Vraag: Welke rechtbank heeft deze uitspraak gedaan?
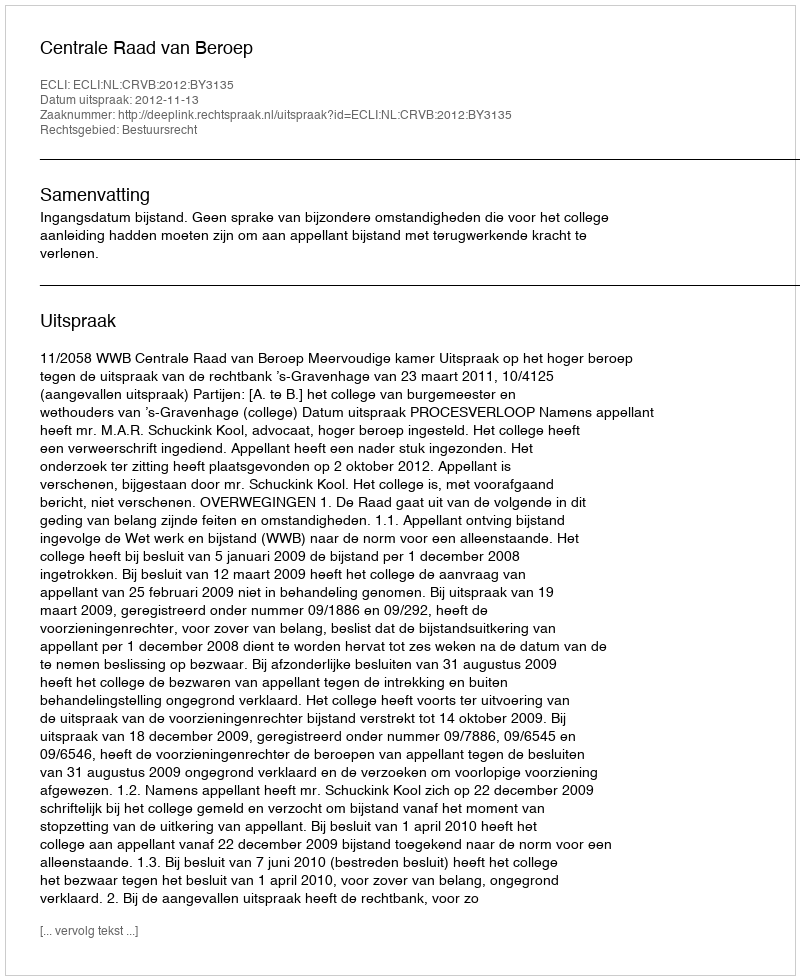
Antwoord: Centrale Raad van Beroep